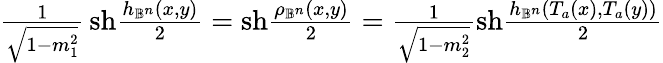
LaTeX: \begin{array}{r}{\frac{1}{\sqrt{1-m_{1}^{2}}}\, \mathrm{sh}\frac{h_{\mathbb{B}^{n}}(x,y)}{2}=\mathrm{sh}\frac{\rho_{\mathbb{B}^{n}}(x,y)}{2}=\frac{1}{\sqrt{1-m_{2}^{2}}}\mathrm{sh}\frac{h_{\mathbb{B}^{n}}(T_{a}(x),T_{a}(y))}{2}}\end{array}